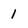
Character: 1